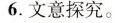
6.文意探究。